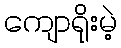
ကျောရိုးမဲ့